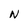
Character: N